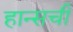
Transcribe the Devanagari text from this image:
हान्सची